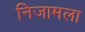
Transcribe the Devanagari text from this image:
निजामला